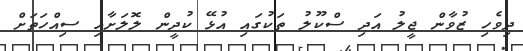
ދިވެހި ޒުވާން ޖީލު އަދި ސްކޫލު ތަކުގައި އުޅޭ ކުދީން ލޮލަށާއި ސިއްހަތަށް